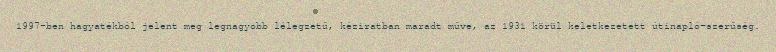
1997-ben hagyatékból jelent meg legnagyobb lélegzetű, kéziratban maradt műve, az 1931 körül keletkezetett útinapló-szerűség.